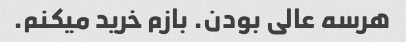
هرسه عالی بودن. بازم خرید میکنم.